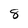
Character: 8